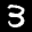
Label: 3